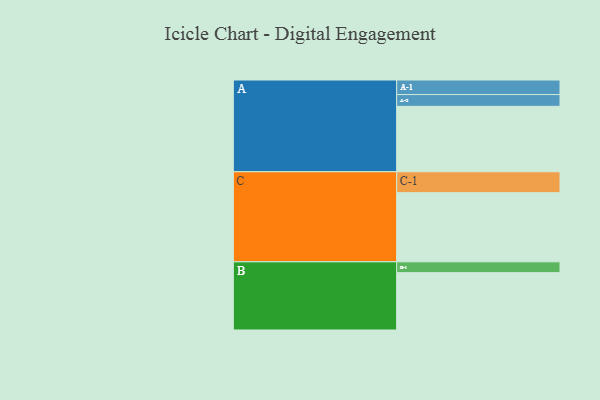
{"axis": {"x": "Segment", "y": "Value"}, "legend": ["", "A", "B", "C"], "data": [{"x": "A", "y": 544, "type": ""}, {"x": "B", "y": 477, "type": ""}, {"x": "C", "y": 575, "type": ""}, {"x": "A-1", "y": 121, "type": "A"}, {"x": "A-2", "y": 98, "type": "A"}, {"x": "B-1", "y": 90, "type": "B"}, {"x": "C-1", "y": 174, "type": "C"}]}